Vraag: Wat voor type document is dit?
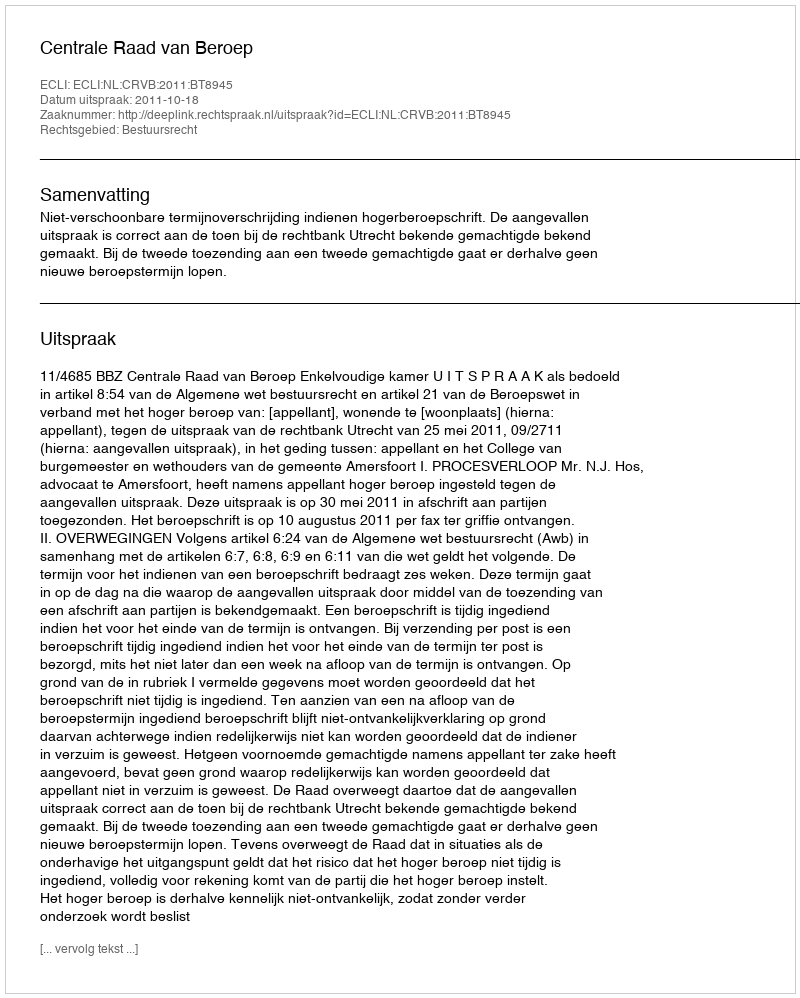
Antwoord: Uitspraak